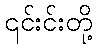
၎င်းင်းတို့